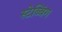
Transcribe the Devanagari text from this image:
स्टेब्बिंग